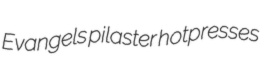
Evangels pilaster hotpresses